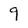
Character: 9